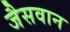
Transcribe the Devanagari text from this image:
जैसवान